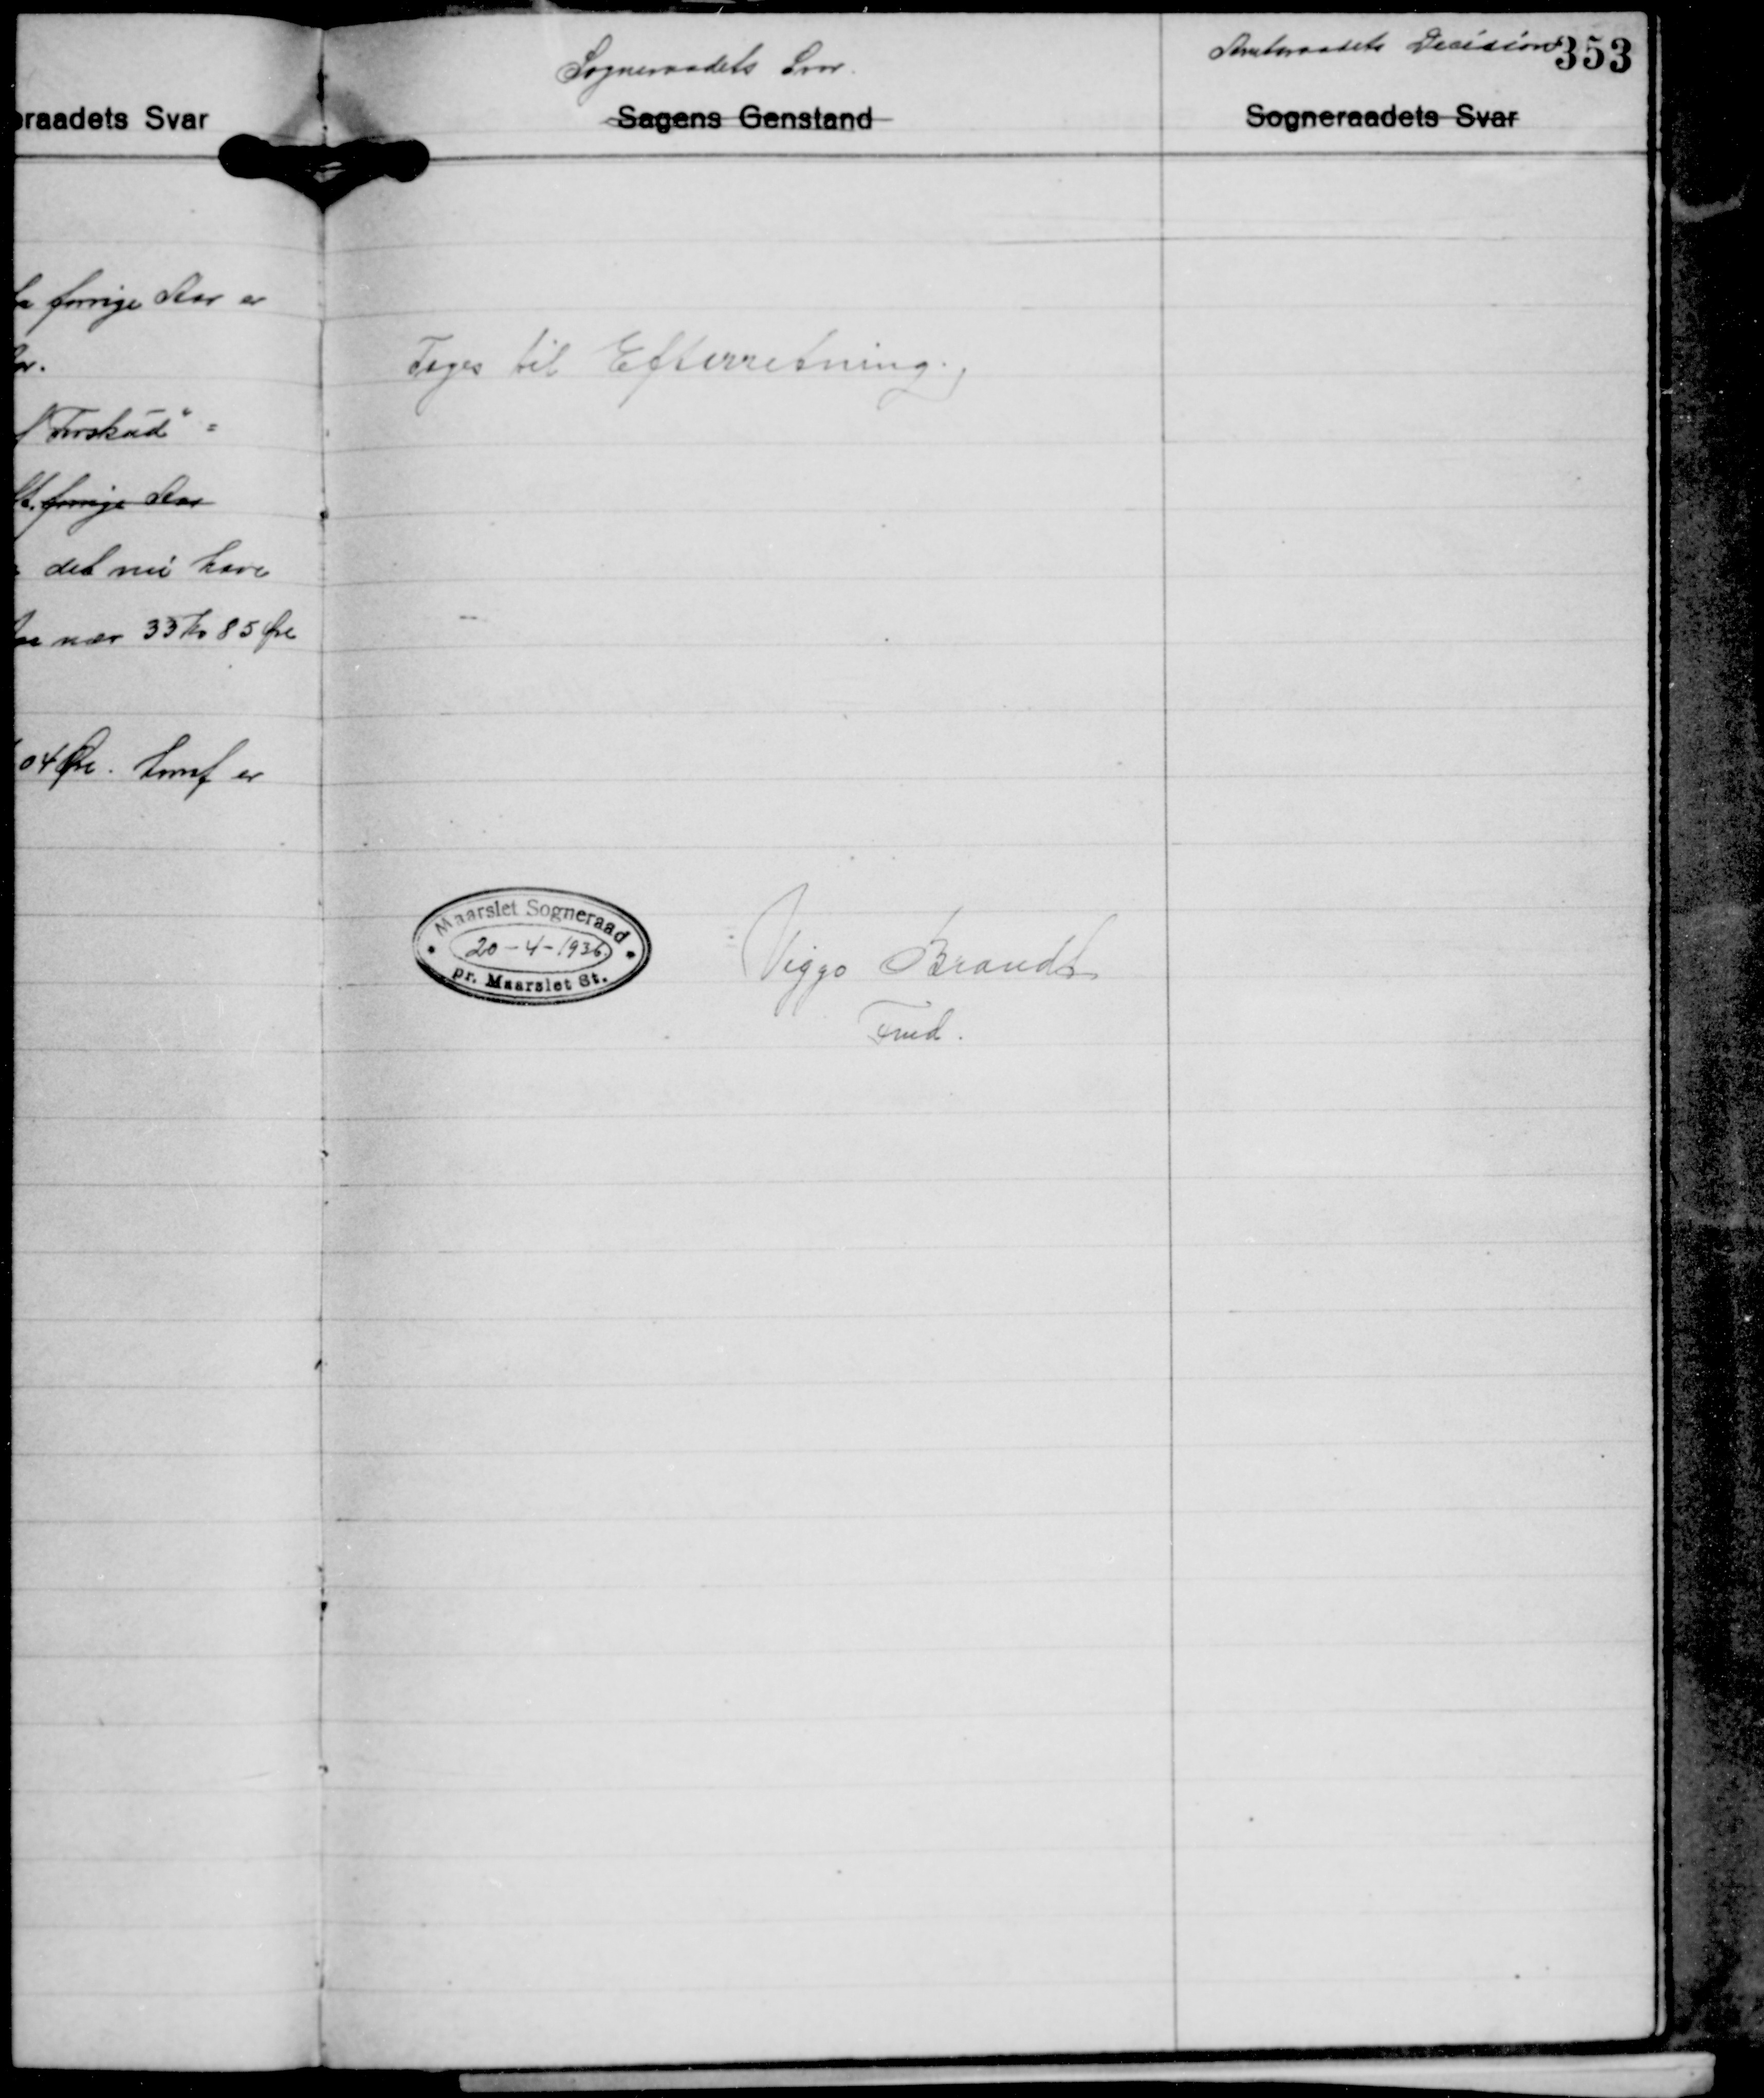
Transskription:
Toges til Efterretning.

20 - 4-1936

Viggo Brandt
Fmd.